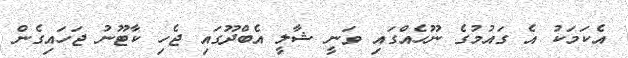
އެކަމަކު އެ ގައުމުގެ ނޫހެއްގައި ވަނީ ޝާލީ އެބްދޫގައި ޖެހި ކާޓޫނު ޖަހައިގެން